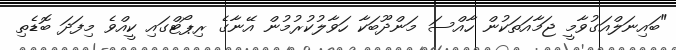
"ބައިނަލްއަގުވާމީ ޖަމާއަތަކުން ހާއްސަ މަންދޫބަކާ ހަވާލުކުރުމުން އޭނާގެ ރިޕޯޓްގައި ކީއްވެ މިފަދަ ބޮޑެތި